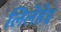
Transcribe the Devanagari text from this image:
लिलेहेइ